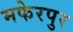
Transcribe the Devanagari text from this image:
मफेरपुर